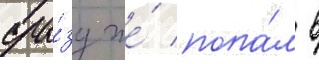
сра́зу же́ попа́л в